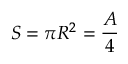
S = \pi R ^ { 2 } = { \frac { A } { 4 } }